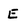
Character: E